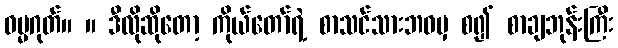
ဓမ္မဂုတ်။ ။ ဒီလိုဆိုတော့ ကိုယ်တော်ရဲ့ စာသင်သားဘဝမှ စ၍ စာချဘုန်းကြီး